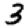
Digit: 3